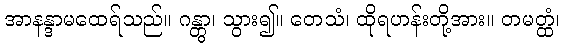
အာနန္ဒာမထေရ်သည်။ ဂန္တွာ၊ သွား၍။ တေသံ၊ ထိုရဟန်းတို့အား။ တမတ္ထံ၊